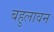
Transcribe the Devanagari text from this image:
बहुलावन